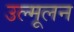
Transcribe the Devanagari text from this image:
उल्मूलन